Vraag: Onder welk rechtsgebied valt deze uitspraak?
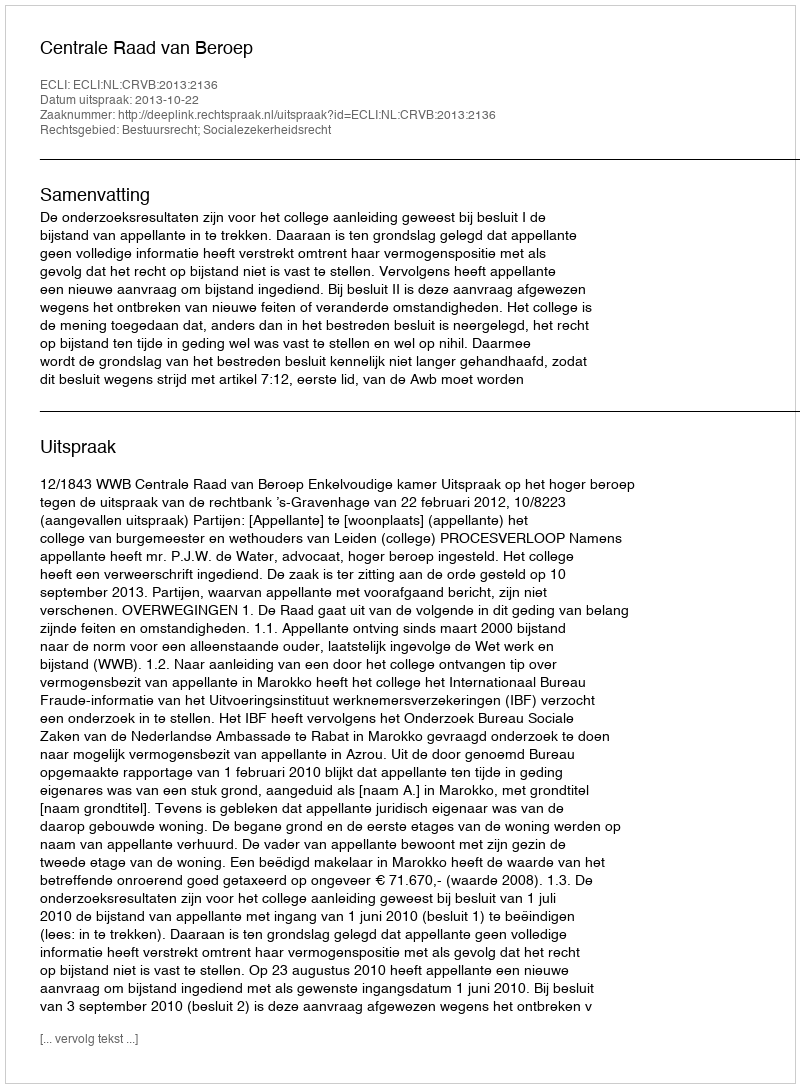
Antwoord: Bestuursrecht; Socialezekerheidsrecht